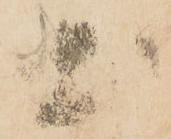
土